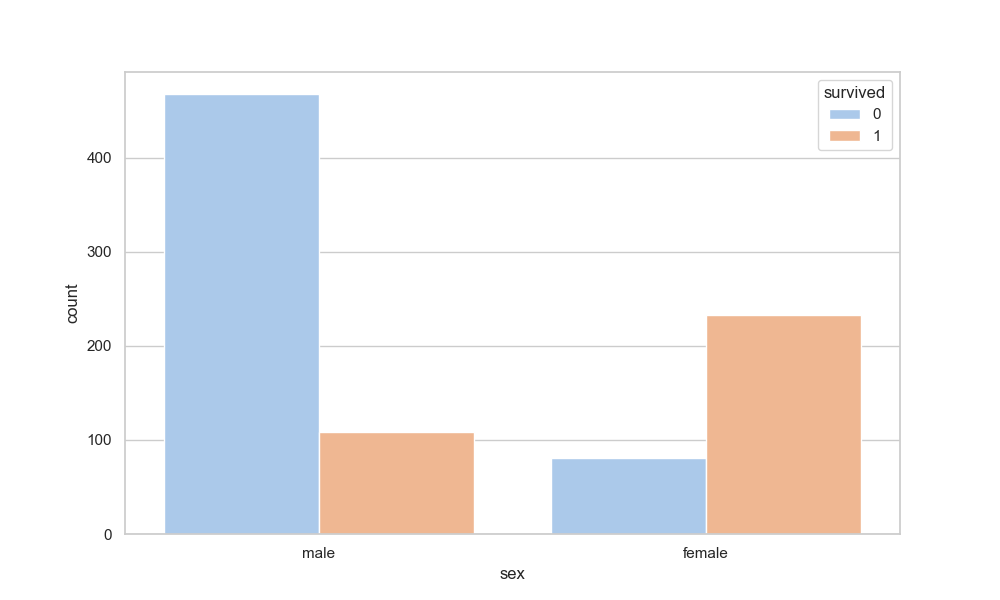
python, seaborn, countplot, x='sex', palette='pastel', hue='survived'